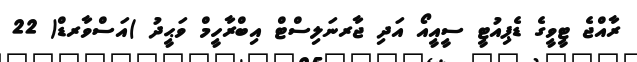
ރާއްޖެ ޓީވީގެ ޑެޕިއުޓީ ސީއީއޯ އަދި ޖާރނަލިސްޓް އިބްރާހީމް ވަޙީދު )އަސްވާރޑް( 22